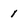
Character: 1